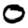
Digit: 0